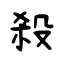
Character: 殺